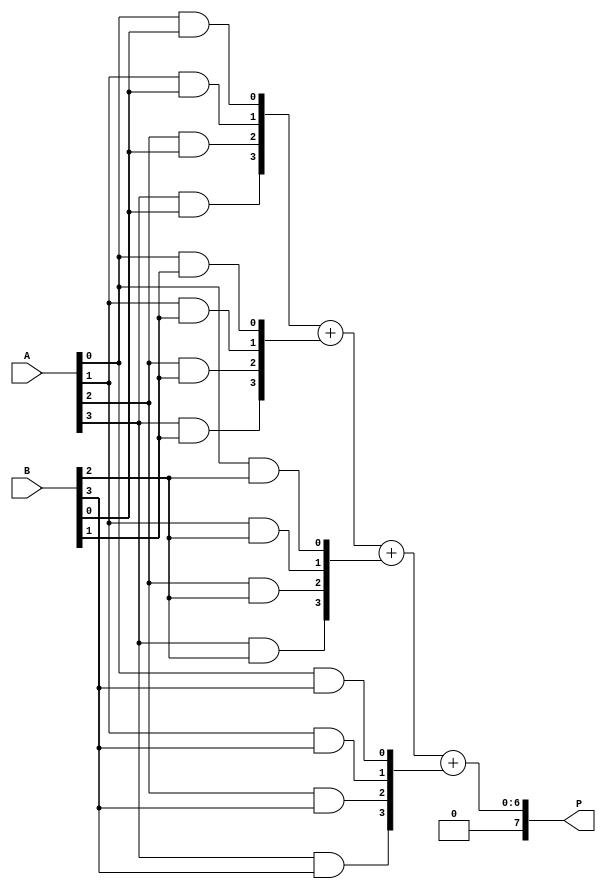
module VedicMultiplier #(parameter N = 4) (
    input  [N-1:0] A,        // Input A
    input  [N-1:0] B,        // Input B
    output [2*N-1:0] P       // Output Product
);

    // Declare partial product array
    wire [N-1:0] pp[N-1:0];  // Array of partial products
    wire [2*N-1:0] sum[N-1:0]; // Array of sums for the adder tree

    // Generate partial products
    genvar i, j;
    generate
        for (i = 0; i < N; i = i + 1) begin: partial_products
            for (j = 0; j < N; j = j + 1) begin: pp_generation
                assign pp[i][j] = A[j] & B[i]; // AND operation for partial product
            end
        end
    endgenerate

    // Sum the partial products using a simple adder structure
    // 2-way addition for simplicity, can be replaced with more complex adder trees if needed
    assign sum[0] = {N'b0, pp[0]}; // Initialize first partial product
    generate
        for (i = 1; i < N; i = i + 1) begin: adder_tree
            assign sum[i] = sum[i-1] + {i'b0, pp[i]}; // Add shifted partial product
        end
    endgenerate

    // The final output is the last sum generated
    assign P = sum[N-1];

endmodule